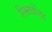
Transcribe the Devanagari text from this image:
स्म्र्तिर्ध्रतिह